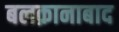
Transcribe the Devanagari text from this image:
बलक़ानाबाद